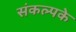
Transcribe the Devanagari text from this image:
संकल्पके